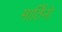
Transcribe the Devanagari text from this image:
मार्तिनो